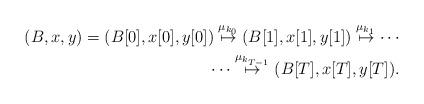
LaTeX: \begin{align*}(B,x,y)=(B[0],x[0],y[0])\buildrel \mu_{k_0} \over \mapsto(B[1],x[1],y[1])\buildrel \mu_{k_1} \over \mapsto\cdots \\\cdots\buildrel \mu_{k_{T-1}} \over \mapsto(B[T],x[T],y[T]).\end{align*}